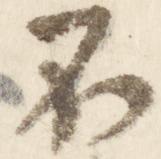
不